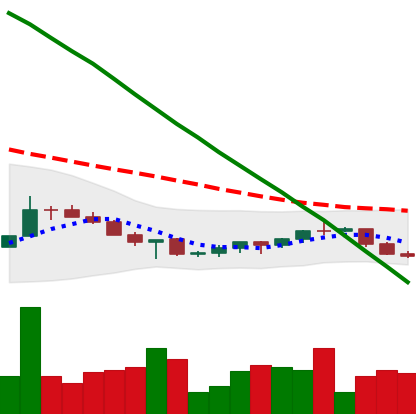
Ticker: XRP-USD
Chart end date: 2022-07-12
Forward return: 10.188%
Label: up_7plus